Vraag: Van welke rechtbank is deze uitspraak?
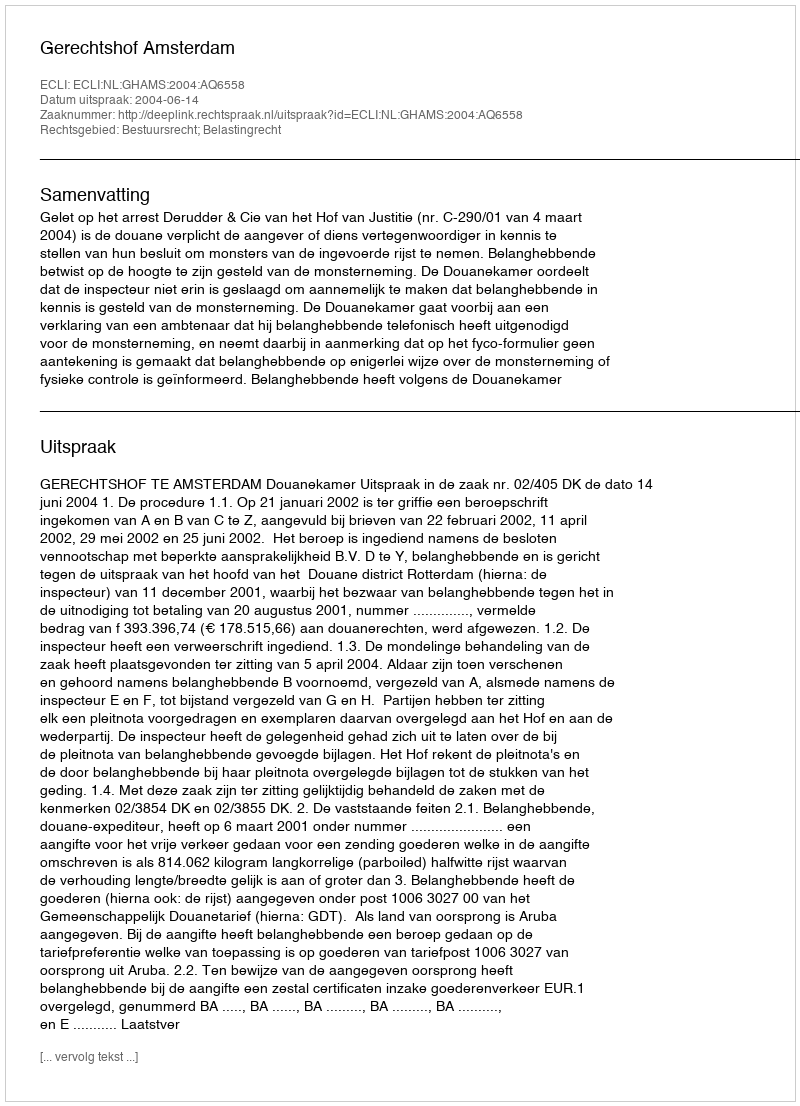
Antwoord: Gerechtshof Amsterdam